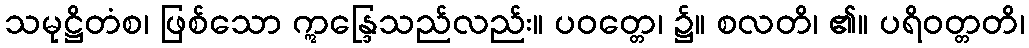
သမုဋ္ဌိတံစ၊ ဖြစ်သော ဣန္ဒြေသည်လည်း။ ပဝတ္တေ၊ ၌။ စလတိ၊ ၏။ ပရိဝတ္တတိ၊